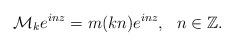
LaTeX: \begin{align*}\mathcal{M}_k e^{inz}=m(k n)e^{inz},~~n\in\mathbb{Z}.\end{align*}